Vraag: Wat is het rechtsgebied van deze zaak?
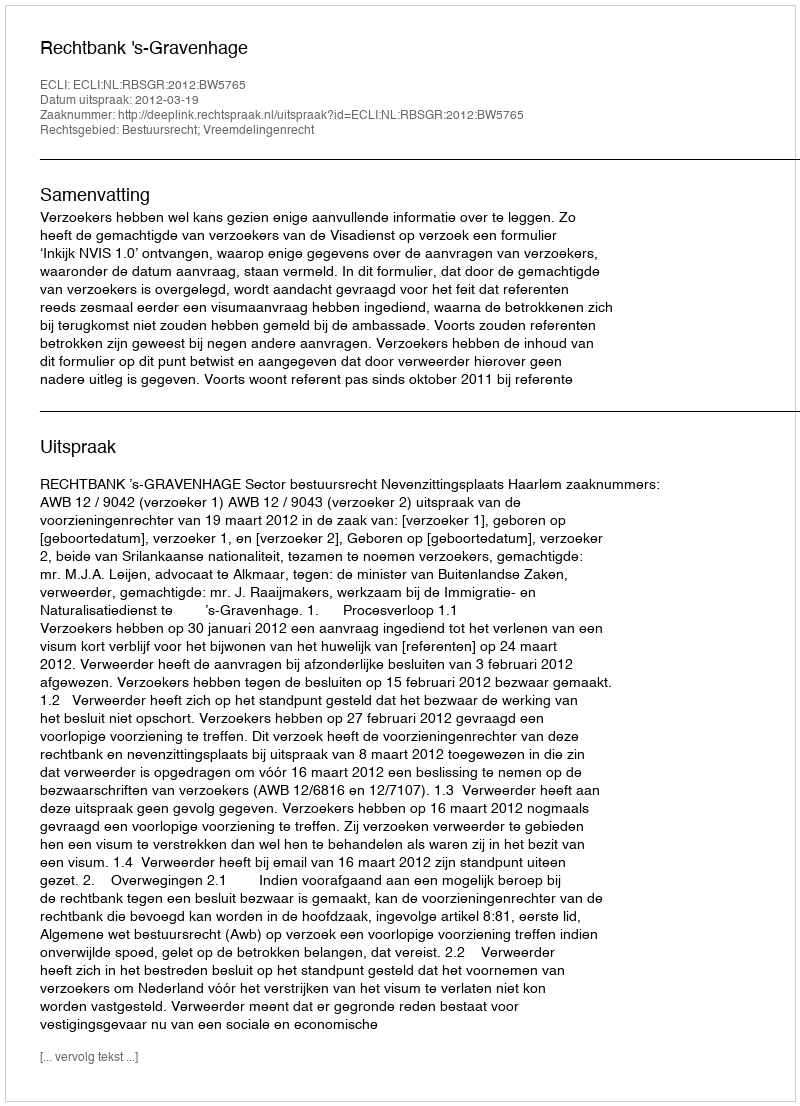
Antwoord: Bestuursrecht; Vreemdelingenrecht